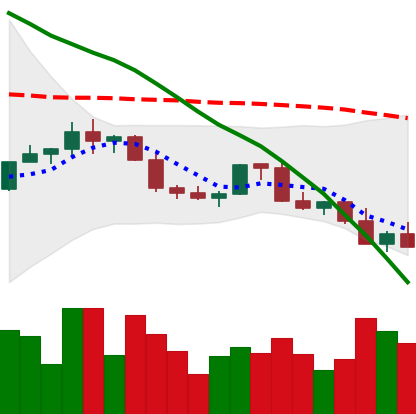
Ticker: LINK-USD
Chart end date: 2022-02-23
Forward return: 12.749%
Label: up_7plus